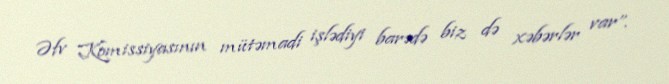
Əfv Komissiyasının mütəmadi işlədiyi barədə biz də xəbərlər var”.